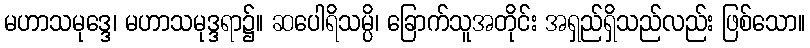
မဟာသမုဒ္ဒေ၊ မဟာသမုဒ္ဒရာ၌။ ဆပေါရိသမ္ပိ၊ ခြောက်သူအတိုင်း အရှည်ရှိသည်လည်း ဖြစ်သော။